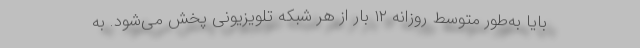
بایا به‌طور متوسط روزانه ۱۲ بار از هر شبکه تلویزیونی پخش می‌شود. به